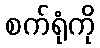
စက်ရုံကို